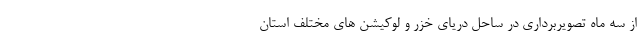
از سه ماه تصویربرداری در ساحل دریای خزر و لوکیشن های مختلف استان